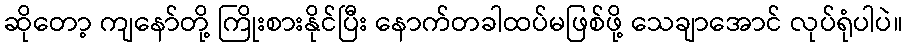
ဆိုတော့ ကျနော်တို့ ကြိုးစားနိုင်ပြီး နောက်တခါထပ်မဖြစ်ဖို့ သေချာအောင် လုပ်ရုံပါပဲ။